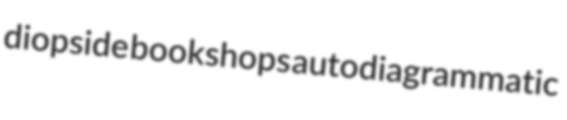
diopside bookshops autodiagrammatic